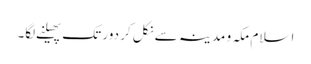
اسلام مکہ و مدینہ سے نکل کر دور تک پھیلنے لگا۔